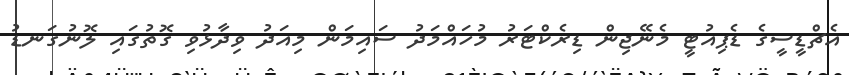
އެޗްޑީސީގެ ޑެޕިއުޓީ މެނޭޖިން ޑިރެކްޓަރު މުހައްމަދު ސައިމަން މިއަދު ވިދާޅުވި ގޮތުގައި ލޮނުގަނޑު